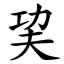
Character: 巭